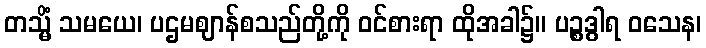
တသ္မိံ သမယေ၊ ပဌမဈာန်စသည်တို့ကို ဝင်စားရာ ထိုအခါ၌။ ပဉ္စဒွါရ ဝသေန၊